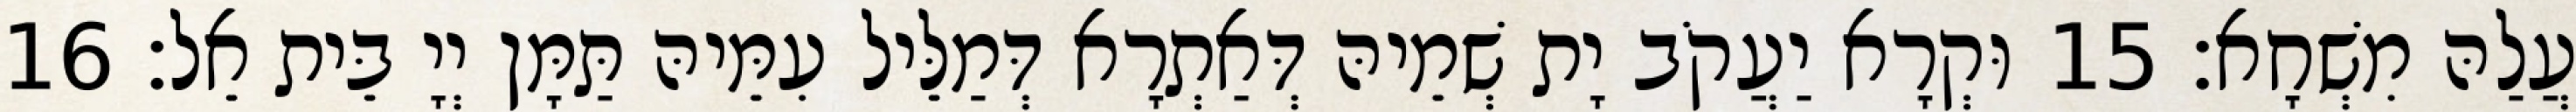
עֲלַהּ מִשְׁחָא׃ 15 וּקְרָא יַעֲקֹב יָת שְׁמֵיהּ דְּאַתְרָא דְּמַלֵּיל עִמֵּיהּ תַּמָּן יְיָ בֵּית אֵל׃ 16